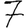
Digit: 7